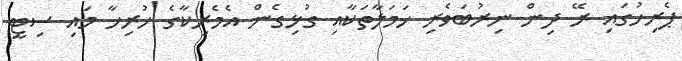
ޕެރިހުގައި ރޭ ދިން ނިރުބަވެރި ހަމަލާތަކާއި ގުޅިގެން އެމެރިކާގެ ހުރިހާ މައި ސިޓީ